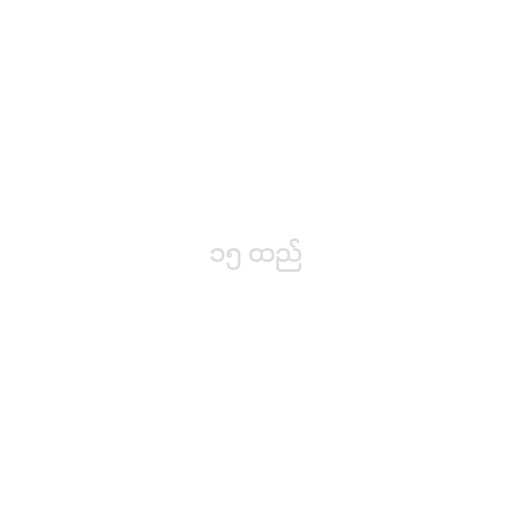
၁၅ ထည်